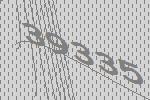
39335